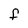
Character: F